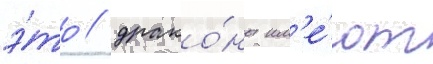
э́то / драко́ны им'е́ют